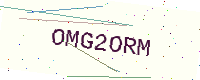
Text: OMG2ORM